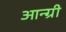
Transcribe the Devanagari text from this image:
आन्ग्री